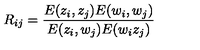
R _ { i j } = \frac { E ( z _ { i } , z _ { j } ) E ( w _ { i } , w _ { j } ) } { E ( z _ { i } , w _ { j } ) E ( w _ { i } z _ { j } ) }